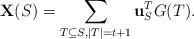
LaTeX: \begin{align*}\mathbf{X}(S)=\sum_{T \subseteq S, |T|=t+1}{\mathbf{u}_{S}^{T}G(T)}.\end{align*}